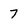
Character: 7